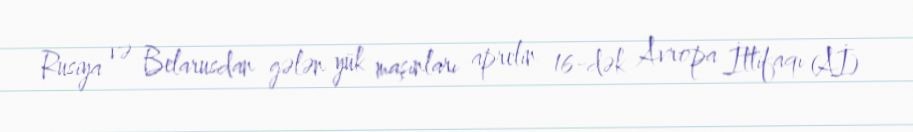
Rusiya və Belarusdan gələn yük maşınları aprelin 16-dək Avropa İttifaqı (Aİ)